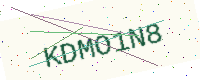
Text: KDMO1N8